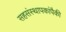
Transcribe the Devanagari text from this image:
सहसंस्थापकांपैकी